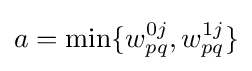
a=\min\{w_{pq}^{0j},w_{pq}^{1j}\}